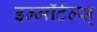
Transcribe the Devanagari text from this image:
इम्मॉर्टल्स्